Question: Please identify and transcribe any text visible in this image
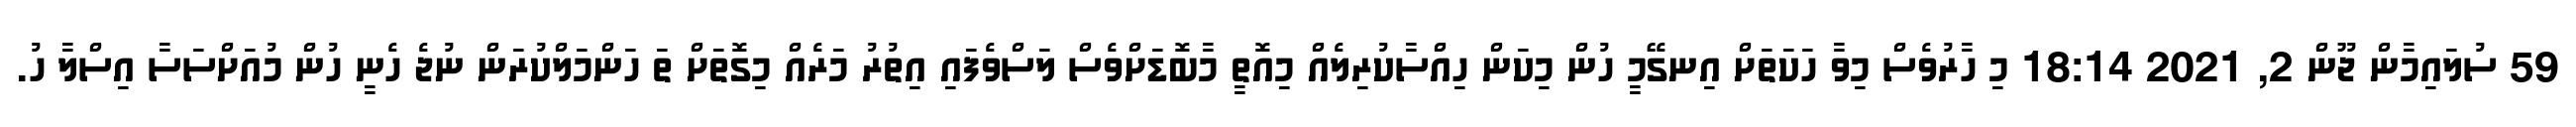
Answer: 59 ސުލައިމާން ޖޫން 2, 2021 18:14 މި ހާރުވެސް މިވާ ހަކަތަށް އިނގޭމީ ހުން މިކަން ހިއްސާކުރިލެއް މިއޮތީ މާބޮޑަށްވެސް ލަސްވެފައި އިތުރު މަރެއް މިގޮތަށް ތަ ހަންމަލްކުރަން ނުޖެ ހެނީ ހުން މުއަށްސަސާ އިސްލާ ހު.